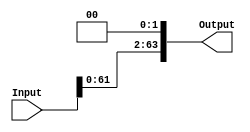
module shift_left(Input, Output);
	parameter delay = 50;
	parameter shift_amount = 2;
	input [63:0] Input;
	output [63:0] Output;
	
	assign #delay Output = {Input[(63 - shift_amount):0], {shift_amount{1'b0}}};
endmodule